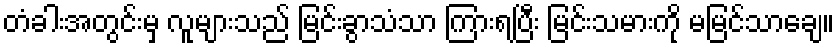
တံခါးအတွင်းမှ လူများသည် မြင်းခွာသံသာ ကြားရပြီး မြင်းသမားကို မမြင်သာချေ။